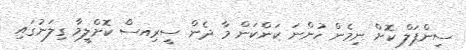
ސިންޕަލް ކޮށް ނިމެން ހުންނަ ކަންކަން މާ ދެން ސީރިއސް ކޮށްލީމާ ގިލަނުގައި